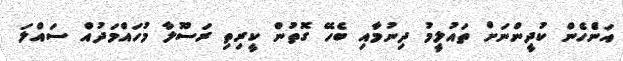
އަންެހެން ކުދީންނަށް ތައުލީމު ދިނުމާއި ބެހޭ ގޮތުން ކީރިތި ރަސޫލާ މުހައްމަދުއް ސައްލަ